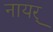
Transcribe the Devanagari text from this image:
नायर्